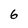
Character: 6